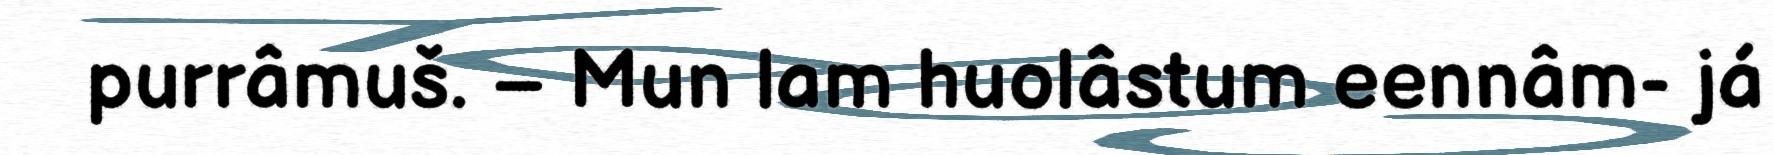
purrâmuš. – Mun lam huolâstum eennâm- já